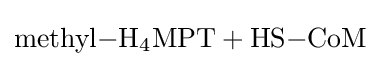
{\ce {methyl-H4MPT + HS-CoM}}